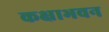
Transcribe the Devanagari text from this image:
कक्षाभवन